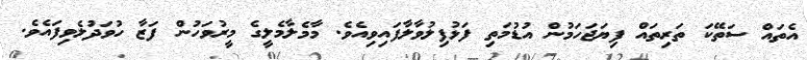
އެތައް ސަތޭކަ ތަރިތައް ފިޔަޖަހަމުން އުޑުމަތި ފަޅުފިލުވާލާފައިވިއެވެ. މާމެލާމެލީގެ މީރުވަހުން ފަޒާ ހުވަދުލެވިފައެވެ.